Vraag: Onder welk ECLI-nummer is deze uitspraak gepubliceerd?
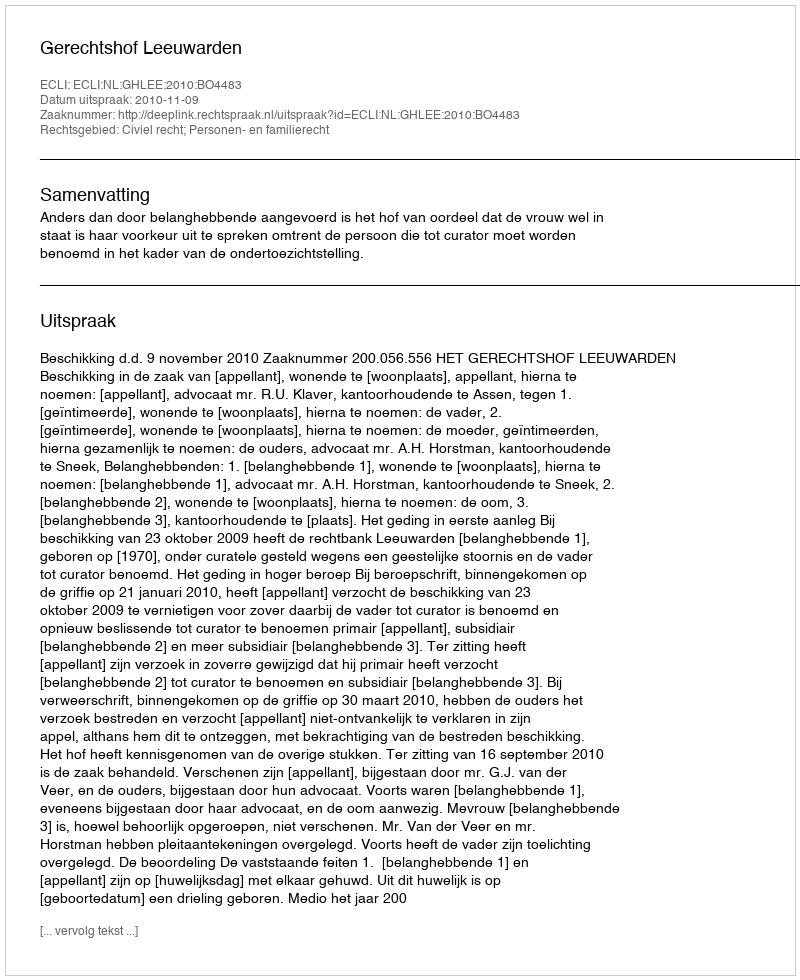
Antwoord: ECLI:NL:GHLEE:2010:BO4483